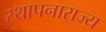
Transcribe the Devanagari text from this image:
स्थापनाराज्य